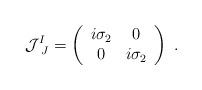
LaTeX: \begin{align*}{\cal J}^I_{~J}=\left(\begin{array}{cc}i\sigma_2 & 0 \\0 & i\sigma_2 \end{array}\right) \ .\end{align*}